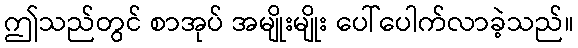
ဤသည်တွင် စာအုပ် အမျိုးမျိုး ပေါ်ပေါက်လာခဲ့သည်။